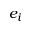
e _ { i }